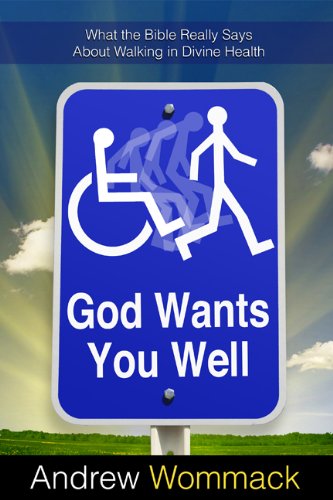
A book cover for God Wants You Well: What the Bible Really Says About Walking in Divine Health; Andrew Wommack; Health, Fitness & Dieting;